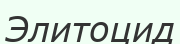
Элитоцид